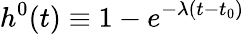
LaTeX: h^{0}(t)\equiv 1-e^{-\lambda(t-t_{0})}